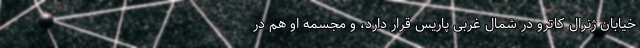
خیابان ژنرال کاترو در شمال غربی پاریس قرار دارد، و مجسمه او هم در